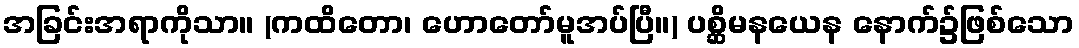
အခြင်းအရာကိုသာ။ (ကထိတော၊ ဟောတော်မူအပ်ပြီ။) ပစ္ဆိမနယေန နောက်၌ဖြစ်သော